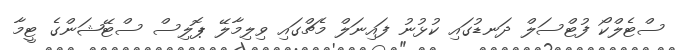
ސްޓެލްކޯ ފުޓްސަލް ދަނޑުގައި ކުޅުނު ފައިނަލް މެޗްގައި ވިލިމާލޭ ޕޮލިސް ސްޓޭޝަންގެ ޓީމާ